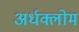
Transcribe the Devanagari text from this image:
अर्धक्लोम